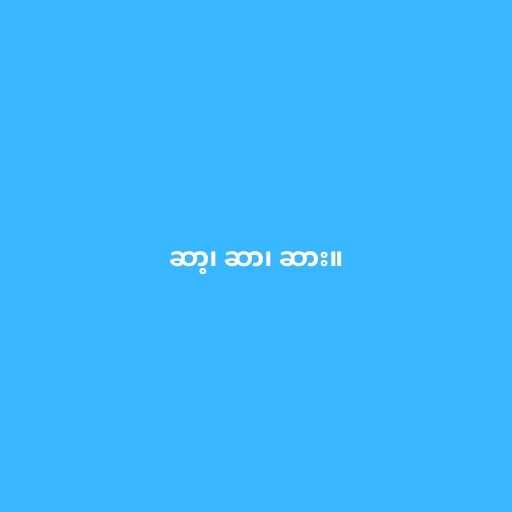
ဆာ့၊ ဆာ၊ ဆား။